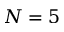
N = 5